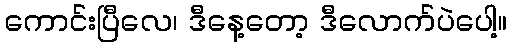
ကောင်းပြီလေ၊ ဒီနေ့တော့ ဒီလောက်ပဲပေါ့။